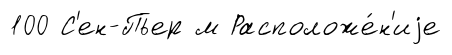
100 С'ен-Пьер м Расположе́н'иjе